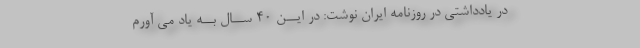
در یادداشتی در روزنامه ایران نوشت: در ایــن ۴۰ ســال بــه یاد می آورم